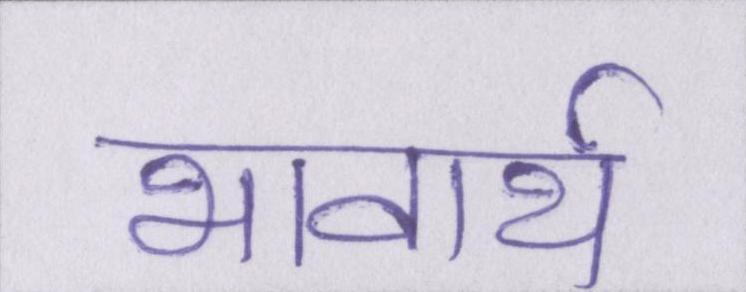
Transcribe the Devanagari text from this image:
भावार्थ